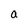
Character: a